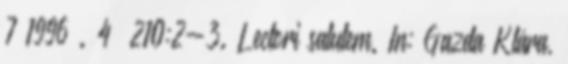
7 1996 . 4 210:2-3. Lectori salutem. In: Gazda Klára,